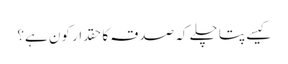
کیسے پتا چلے کہ صدقہ کا حقدار کون ہے؟